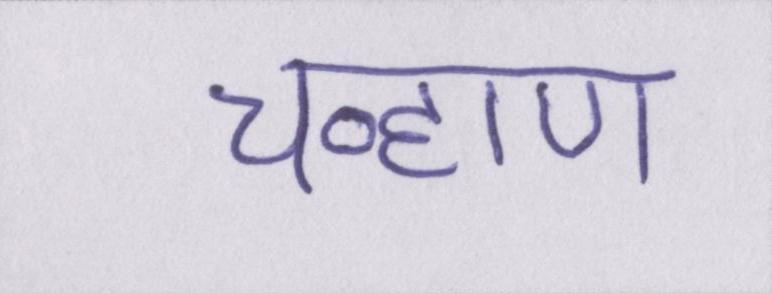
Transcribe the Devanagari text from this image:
चव्हाण